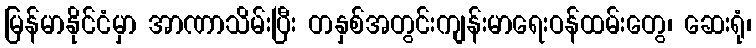
မြန်မာနိုင်ငံမှာ အာဏာသိမ်းပြီး တနှစ်အတွင်းကျန်းမာရေးဝန်ထမ်းတွေ၊ ဆေးရုံ၊